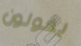
يقولون